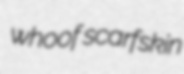
whoof scarfskin